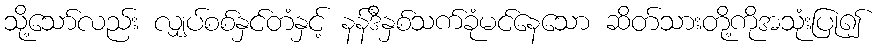
သို့သော်လည်း လျှပ်စစ်နှင်တံနှင့် နန်ဒီနှစ်သက်ခုံမင်နေသော ဆိတ်သားတို့ကိုအသုံးပြု၍